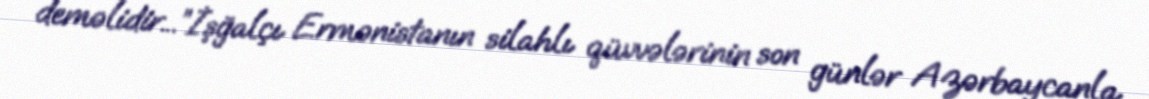
deməlidir...”İşğalçı Ermənistanın silahlı qüvvələrinin son günlər Azərbaycanla